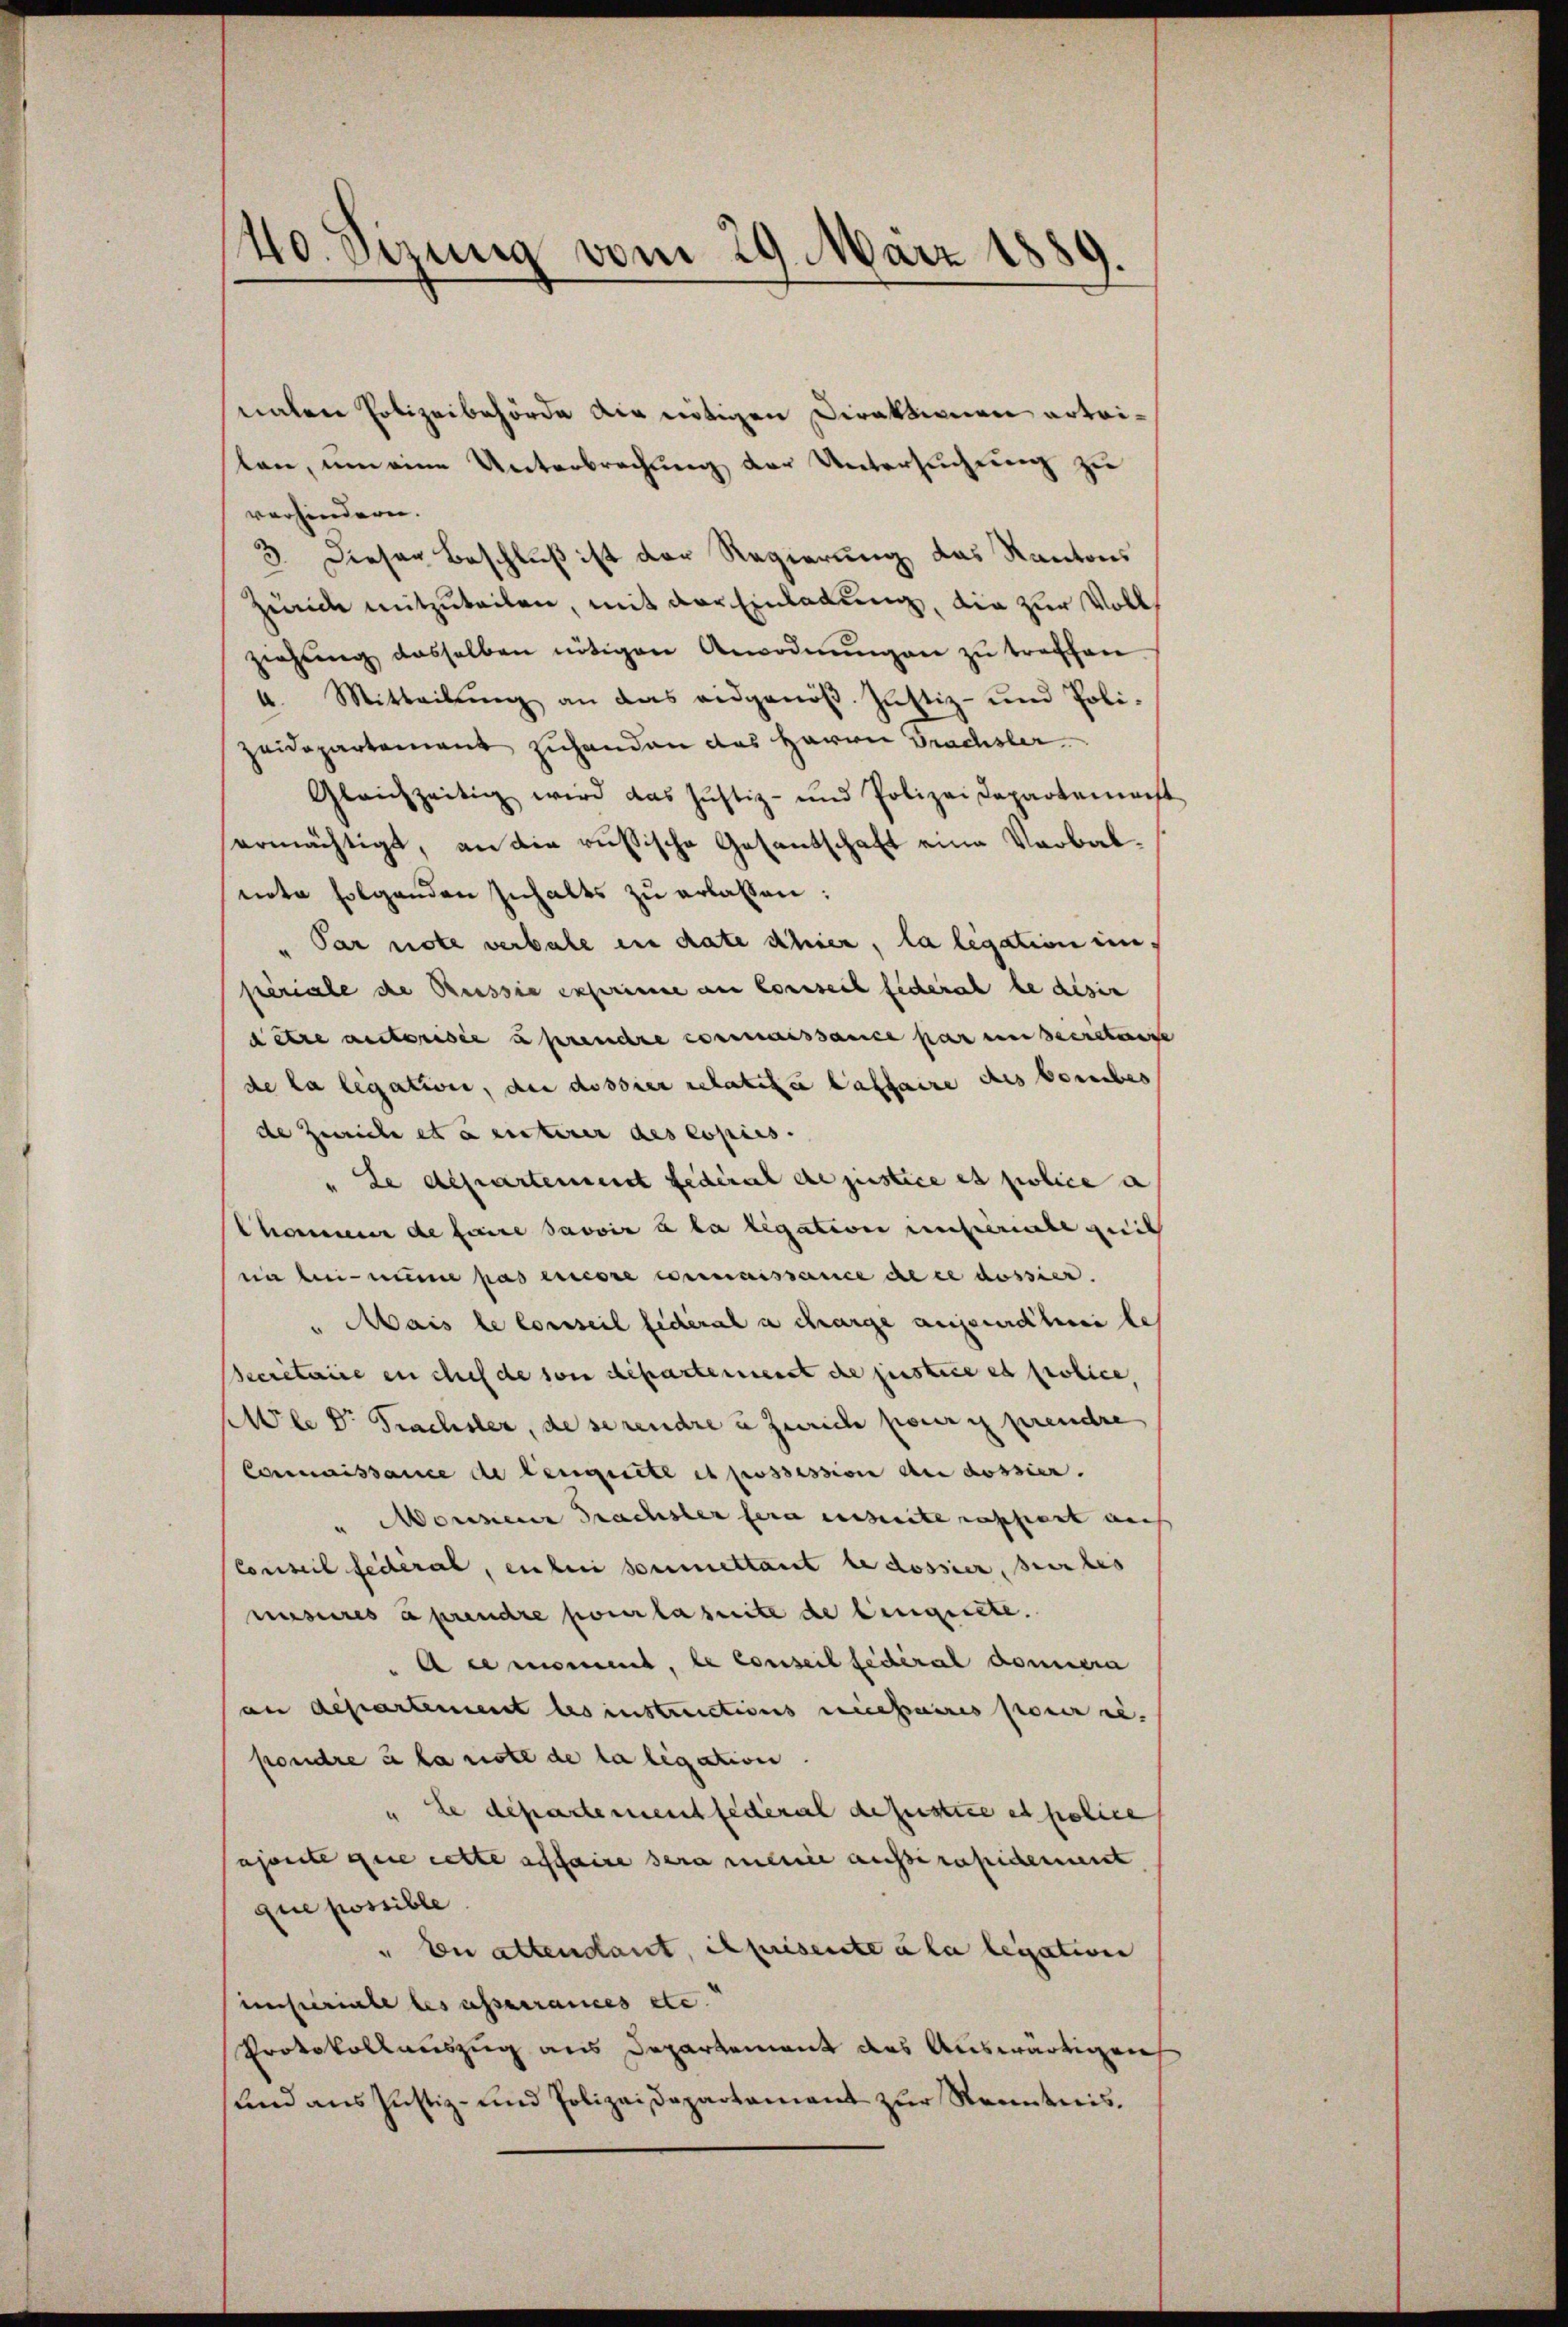
40. Sizung vom 29. März 1889

naten Polizeibehörde die nötigen Direktionen erteilen, um eine Unterbrechung der Untersuchung zu
verhindern.
3. Dieser Beschluß ist der Regierung das Kantons
heide mitzuteilen, mit der Einladung, die zur Vollziehŭng dasselben nötigen Anordnŭngen zu treffen
4. Mitteilŭng an das eidgenöβ. Justiz- und Poli-
zeidepartement zuhanden das Herrn Brachsler.
Gleichzeitig wird das Justiz- und Polizei Departemonst
ermächtigt, an die russische Gesantschaft eine Verbalnete folgenden Inhalts zu erlassen:
" Par note verbale in date schier, la legation ein
frériale die Preissia exprimine an Conseit fiderat le disen
ditre auctorisée prendre commissance par unbeerstrenge
de la legation, der dossier relatita laffaire des bereibes
de Zürich et a unterer des Copies.
" Le departement Federat die justice et police a
Chonen de faire savoir à la ligation unteriebe gleit
ein bei nume pas ricore connaissance de ce dossier.
" Mais le conseil fédéral a charge aufentheile
Secretaire en chef de son departement de justice es folice,
Mlle Dr. Frachsler, de serendre u Zürich peir y prendre
Connaissance de leugnete et possession du dossier.
u Monnen Sachster fern einheite assiert auch
Conseil federal, en bei soumettant le dossier, sur les
niseres aprendre pour la suite de leugnete.
Acemoment, le conseil fédéral domicia
an departement les instructions necessaires pour re-
pondre à la note de la ligation.
te departement fédéral defestice et police
ajonte que cette affaire sera meine ausserapidement
que possible
" En attendant, il prisente a la legation
imsteriale les asserrances etc.
Protokollauszug aus Departement des Auswärtigen
und aus Justiz- und Polizeidepartament zur Kenntnis.